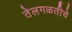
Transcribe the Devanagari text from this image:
तेलगळतीचे